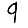
Digit: 9